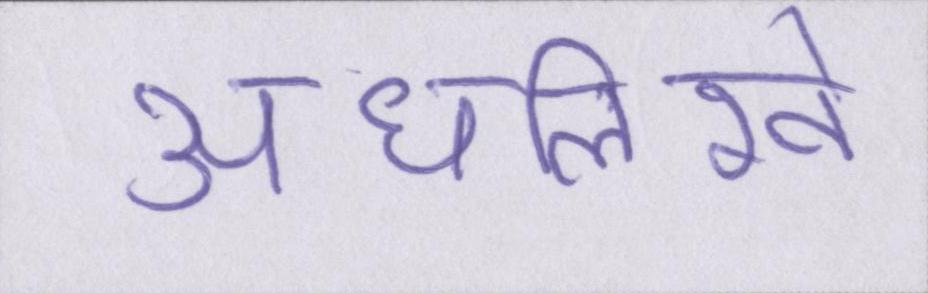
अधलिखे